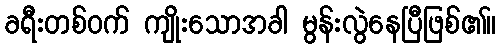
ခရီးတစ်ဝက် ကျိုးသောအခါ မွန်းလွဲနေပြီဖြစ်၏။